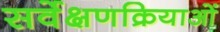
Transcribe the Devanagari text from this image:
सर्वेक्षणक्रियाओं